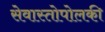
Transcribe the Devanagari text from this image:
सेवास्तोपोलकी